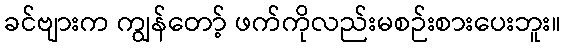
ခင်ဗျားက ကျွန်တော့် ဖက်ကိုလည်းမစဉ်းစားပေးဘူး။